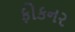
ફોકનર